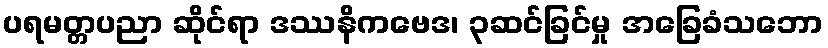
ပရမတ္တပညာ ဆိုင်ရာ ဒဿနိကဗေဒ၊ ၃ဆင်ခြင်မှု အခြေခံသဘော